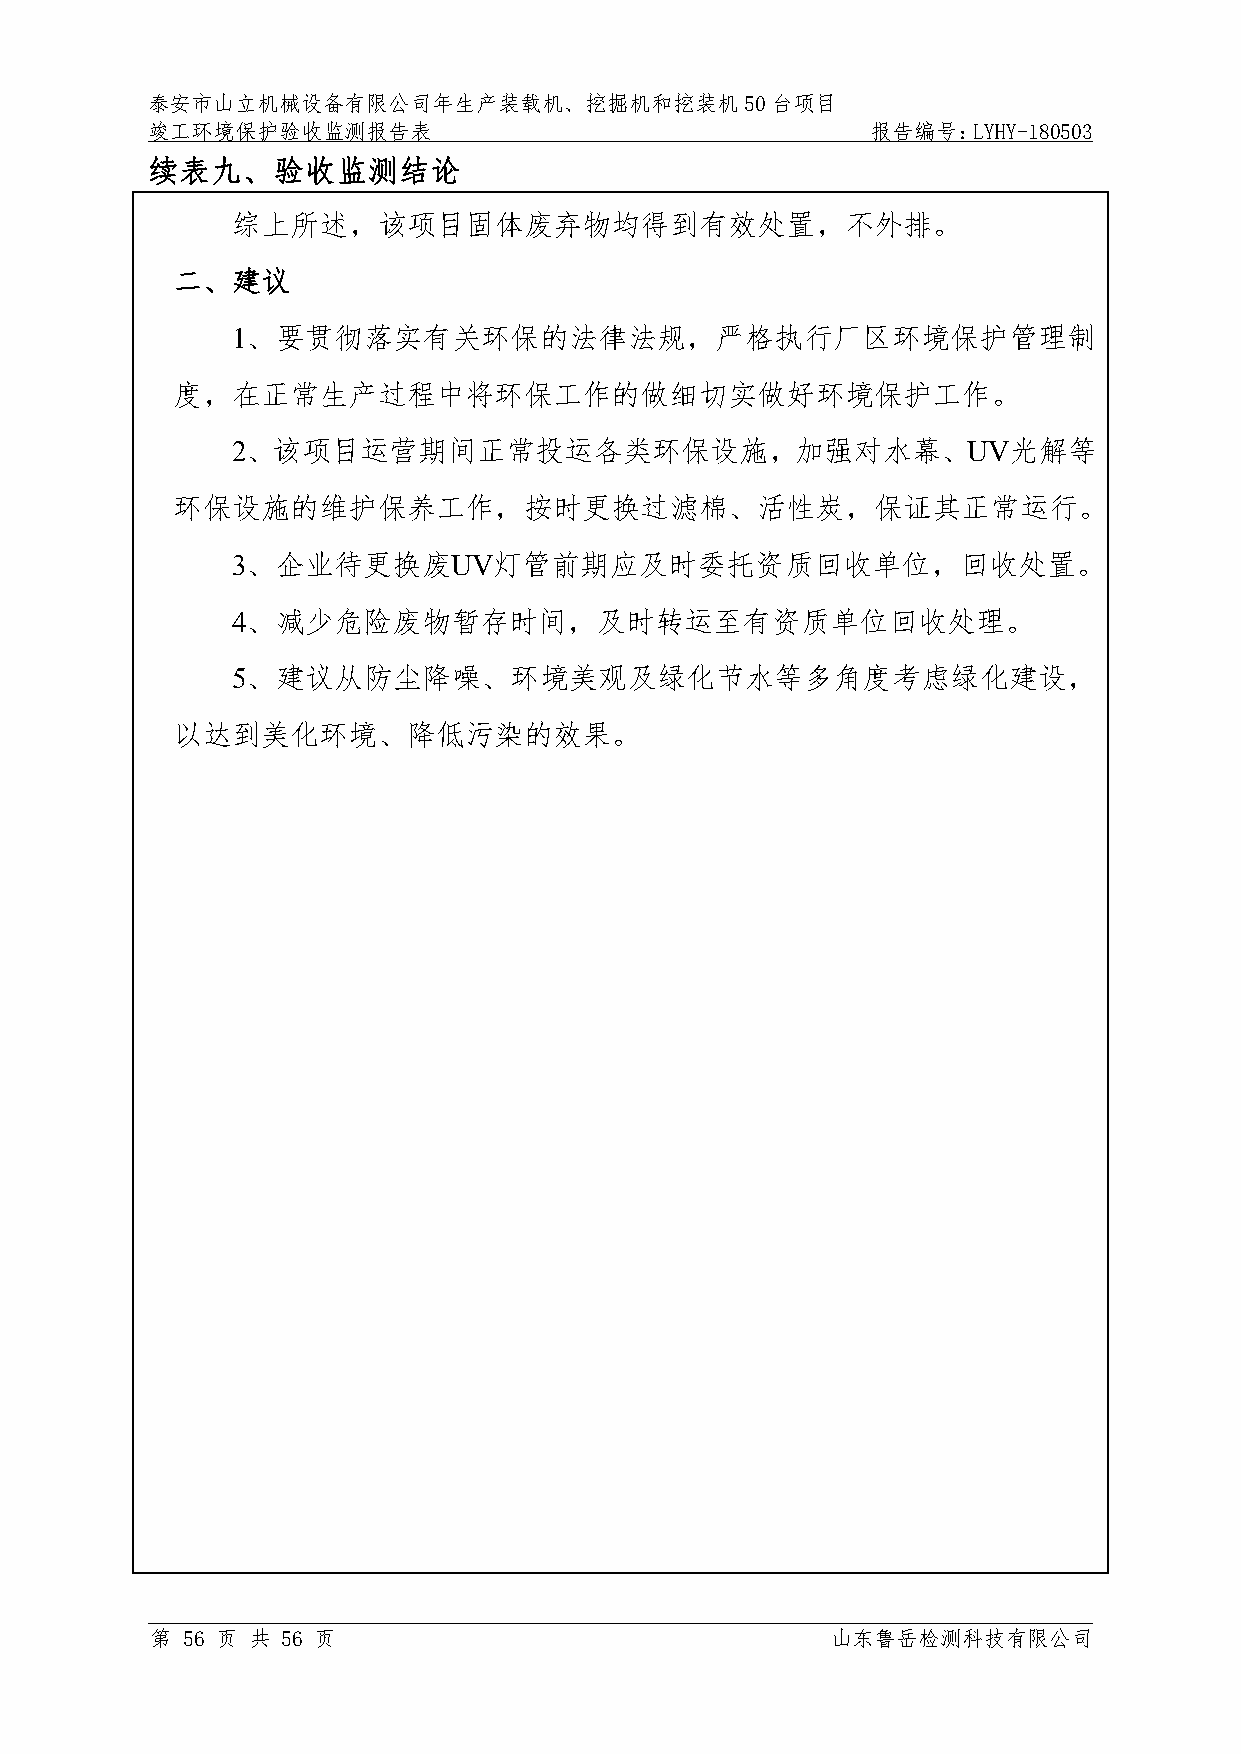
泰安市山立机械设备有限公司年生产装载机、挖掘机和挖装机50台项目
 竣工环境保护验收监测报告表                                   报告编号：LYHY-180503
 续表九、验收监测结论
 综上所述，该项目固体废弃物均得到有效处置，不外排。
 二、建议
 1、要贯彻落实有关环保的法律法规，严格执行厂区环境保护管理制
 度，在正常生产过程中将环保工作的做细切实做好环境保护工作。
 2、该项目运营期间正常投运各类环保设施，加强对水幕、UV光解等
 环保设施的维护保养工作，按时更换过滤棉、活性炭，保证其正常运行。
 3、企业待更换废UV灯管前期应及时委托资质回收单位，回收处置。
 4、减少危险废物暂存时间，及时转运至有资质单位回收处理。
 5、建议从防尘降噪、环境美观及绿化节水等多角度考虑绿化建设，
 以达到美化环境、降低污染的效果。
 第 56 页 共 56 页                                山东鲁岳检测科技有限公司